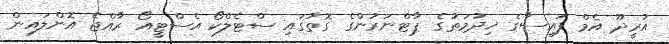
އުރީދޫ އެމް ފައިސާގެ ޚިދުމަތުގެ ޕާޓްނަރުންގެ ގޮތުގައި ސްޓެލްކޯ އެސްޓީއޯ ރާއްޖެ އޮންލައިން